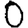
Digit: 0